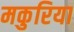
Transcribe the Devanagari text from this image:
मकुरिया